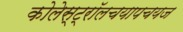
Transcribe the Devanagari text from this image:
कोलेस्ट्रॉलचयापचयज